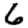
Digit: 6